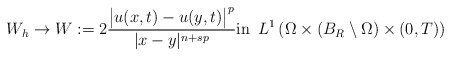
\begin{align*} W_h \to W:=2\frac{\big|u(x,t)-u(y,t)\big|^{p}}{|x-y|^{n+sp}}\textrm{in}\,\,\,L^1\left(\Omega \times (B_R\setminus \Omega)\times (0,T)\right) \end{align*}